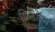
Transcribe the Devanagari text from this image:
फ्रिडरिच